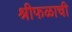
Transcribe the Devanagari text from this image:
श्रीफळाची